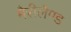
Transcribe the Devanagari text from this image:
मैरीलैण्ड